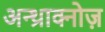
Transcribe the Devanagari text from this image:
अन्थ्राक्नोज़